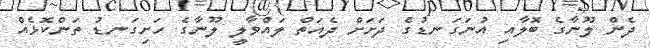
ދެން ލޫނާގެ ބޮލާއި އުނަގަނޑުގެ ދަށަށް ދެއަތް ލައްވާލީ ލޫނާގެ ހަށިގަނޑު ތަންކޮޅެއް